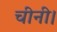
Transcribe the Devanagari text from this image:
चीनी।